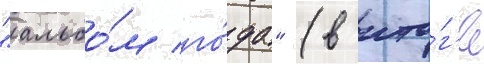
"альбо́м го́да" (в ито́г'е